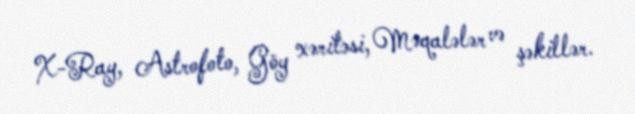
X-Ray, Astrofoto, Göy xəritəsi, Məqalələr və şəkillər.